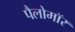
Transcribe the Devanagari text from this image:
पैलोमॉर